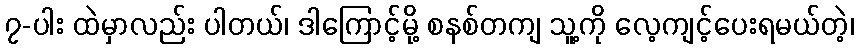
၇-ပါး ထဲမှာလည်း ပါတယ်၊ ဒါကြောင့်မို့ စနစ်တကျ သူ့ကို လေ့ကျင့်ပေးရမယ်တဲ့၊